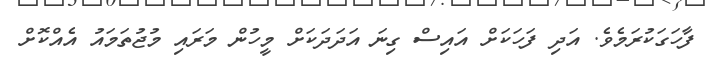
ފާހަގަކުރަމެވެ. އަދި ފަހަކަށް އައިސް ގިނަ އަދަދަކަށް މީހުން މަރައި މުޖުތަމައު އެއްކޮށް